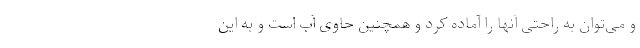
و می‌توان به راحتی آنها را آماده کرد و همچنین حاوی آب است و به این